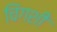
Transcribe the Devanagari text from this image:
चिंगशी